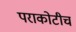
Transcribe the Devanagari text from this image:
पराकोटीचं